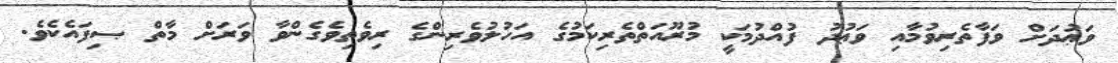
ވަޢުދަށް ވަފާތެރިވުމާއި ވަޢުދު ފުއްދުމަކީ މުރޫއަތްތެރިކަމުގެ އަހުލުވެރިންގެ ރިވެތިވެގެންވާ ވަރަށް މާތް ޞިފައެކެވެ.